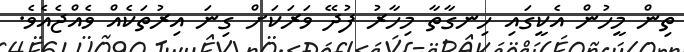
ތިން މީހުން އެކީގައި ހިނގާތާ މިހާރު ފުދޭ ވަރަކަށް ގިނަ އިރުތަކެއް ވެއްޖެއެވެ.